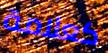
كعلامة